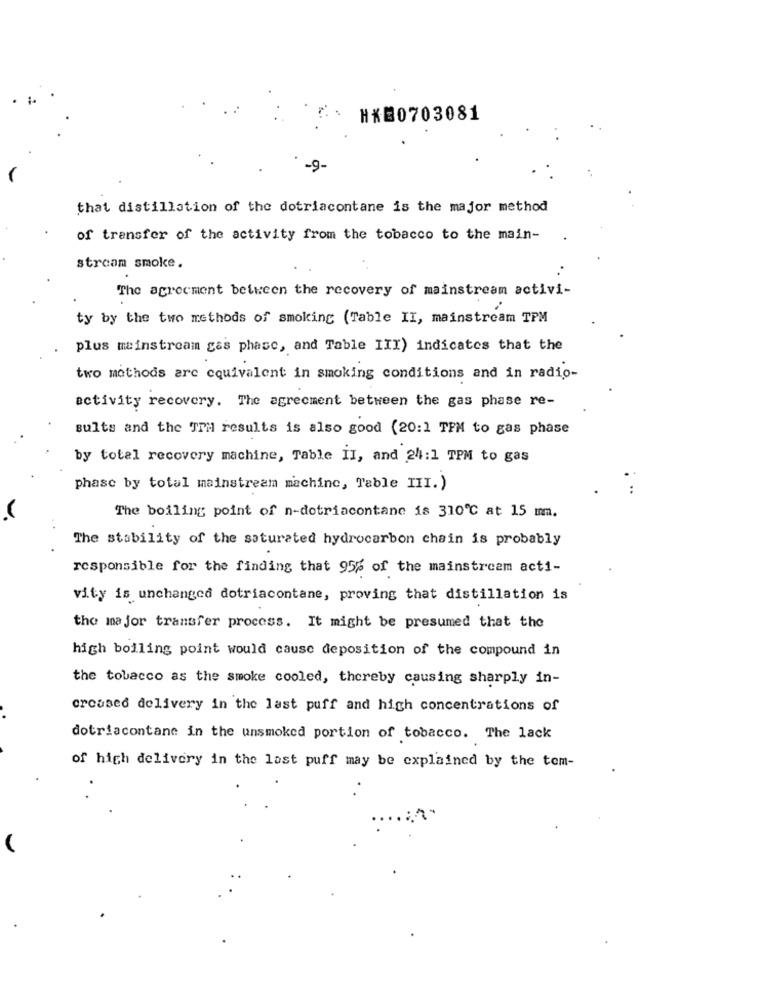
HK20703081
-9-
that distillation of the dotriacontane is the major method
of transfer of the activity from the tobacco to the main-
stream smoke.
The agreement between the recovery of mainstream activi-
ty by the two methods of smoking (Table II, mainstream TPM
plus mainstream gas phase, and Table III) indicates that the
two methods are equivalent in smoking conditions and in radio-
activity recovery. The agreement between the gas phase re-
sults and the Tri results is also good (20:1 TPM to gas phase
by total recovery machine, Table II, and 24:1 TPM to gas
phase by total mainstream machine, Table III.)
The boiling point of n-dotriacontane is 310℃ at 15 mm.
The stability of the saturated hydrocarbon chain is probably
responsible for the finding that 95% of the mainstream acti-
vity is unchanged dotriacontane, proving that distillation is
the major transfer process. It might be presumed that the
high boiling point would cause deposition of the compound in
the tobacco as the smoke cooled, thereby causing sharply in-
creased delivery in the last puff and high concentrations of
dotriacontane in the unsmoked portion of tobacco. The lack
of high delivery in the last puff may be explained by the tem-